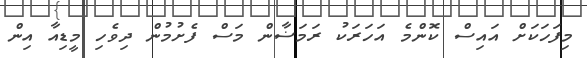
މިފަހަކަށް އައިސް ކޮންމެ އަހަރަކު ރަމަޟާން މަސް ފެށުމުން ދިވެހި މީޑިއާ އިން